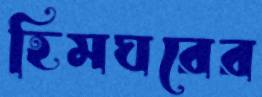
হিমঘরের